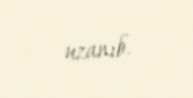
uzanıb.